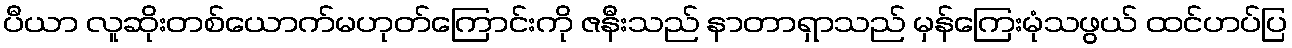
ပီယာ လူဆိုးတစ်ယောက်မဟုတ်ကြောင်းကို ဇနီးသည် နာတာရှာသည် မှန်ကြေးမုံသဖွယ် ထင်ဟပ်ပြ